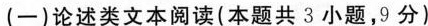
(-)论述类文本阅读(本题共3小题，9分)